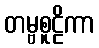
တမ္ဗစူဠိကာ